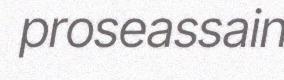
proseassain